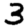
Digit: 3